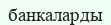
банкаларды